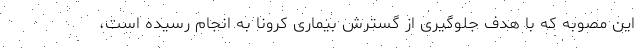
این مصوبه که با هدف جلوگیری از گسترش بیماری کرونا به انجام رسیده است،